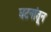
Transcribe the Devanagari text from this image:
घटनांतून